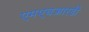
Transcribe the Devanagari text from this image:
एमएचआरडी